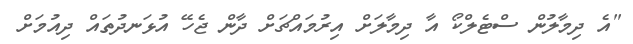
"އެ ދިމާލުން ސްޓެލްކޯ އާ ދިމާލަށް އިރުމައްޗަށް ދާން ޖެހޭ އުޅަނދުތައް ދިއުމަށް